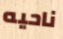
ناحيه